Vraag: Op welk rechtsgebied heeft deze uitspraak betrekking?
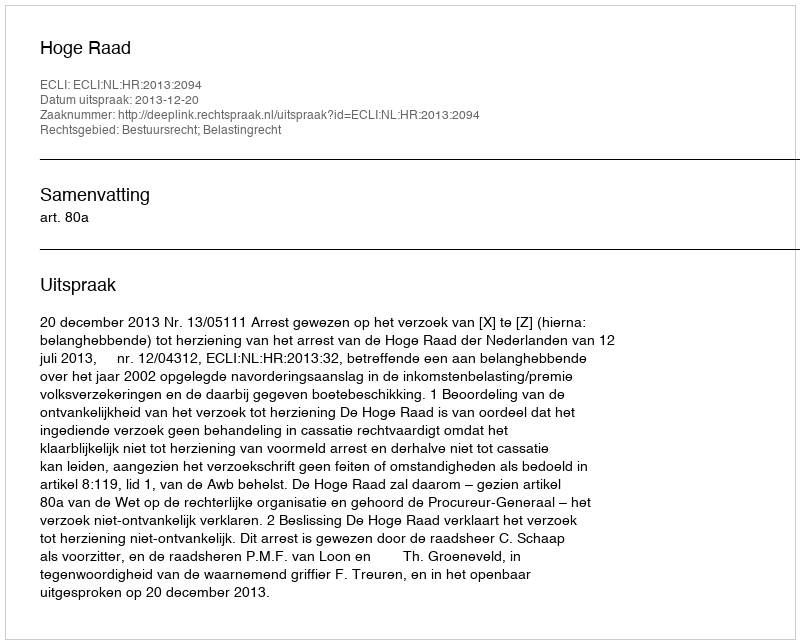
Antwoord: Bestuursrecht; Belastingrecht